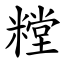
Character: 糛